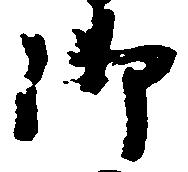
御